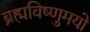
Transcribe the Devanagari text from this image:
ब्रह्मविष्णुमयो